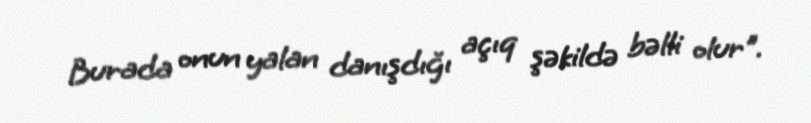
Burada onun yalan danışdığı açıq şəkildə bəlli olur".